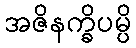
အဇိနက္ခိပမ္ပိ